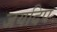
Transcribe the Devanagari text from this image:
जयदिप